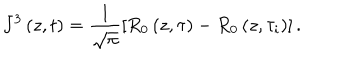
J ^ { 3 } \left( z , t \right) = \frac { 1 } { \sqrt { \pi } } \left[ R _ { 0 } \left( z , \tau \right) - R _ { 0 } \left( z , \tau _ { i } \right) \right] .